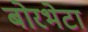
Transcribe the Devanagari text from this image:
बोरभेटा